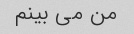
من می بینم